Report of the Indian Hemp Drugs Commission, 1894-1895 - Volume V
Year: 1894
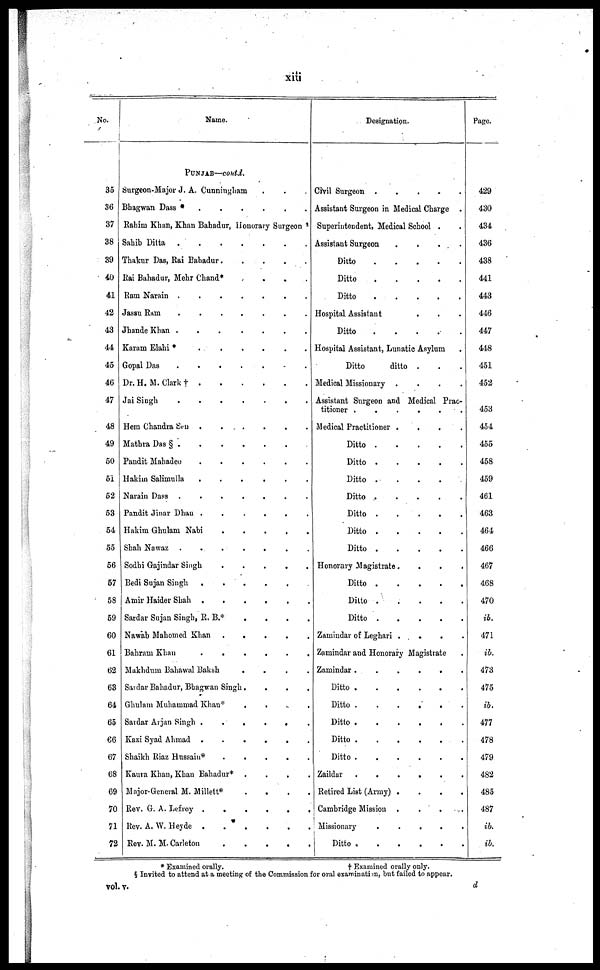
xiii
No.
35
36
37
38
39
40
41
42
43
44
45
46
47
48
49
50
51
52
53
54
55
56
57
58
59
60
61
62
63
64
65
66
67
68
69
70
71
72
Name.
PUNJAB—contd.
Surgeon-Major J. A. Cunningham . . .
Bhagwan Dass
*.
.
.
.
.
.
.
Rahim Khan, Khan Bahadur, Honorary Surgeon
Sahib Ditta
.
.
.
.
.
.
.
Thakur Das, Rai Bahadur
.
.
.
.
.
Rai Bahadur, Mehr Chand* . . . .
Ram Narain .
.
.
.
Jassu Ram
.
.
.
.
Jhande Khan .
.
.
.
.
.
.
Karam Elahi *
.
.
.
.
.
.
.
Gopal Das
.
.
.
.
Dr. H. M. Clark
†
.
.
.
.
.
.
.
Jai Singh
.
.
.
.
Hem Chandra Sen .
.
.
.
Mathra Das § .
.
.
. .
Pandit Mahadeo
.
.
.
.
.
.
.
Hakin Salimulla
.
.
.
.
Narain Dass .
.
.
.
Pandit Jinar Dhan .
.
.
.
Hakim Ghulam Nabi
.
.
.
.
. .
Shah Nawaz
.
.
.
.
Sodhi Gajindar Singh
.
.
.
.
.
Bedi Sujan Singh
.
.
.
.
Amir Haider Shah .
.
.
.
Sardar Sujan Singh, R. B.*
.
.
.
.
Nawab Mahomed Khan . . . . . . . .
Bahrain Khan
.
.
.
.
Makhdum Bahawal Baksh
.
.
.
.
Sardar Bahadur, Bhagwan Singh.
.
.
.
Ghulam Muhammad Khan* .
.
.
.
.
Sardar Arjan Singh .
.
.
.
Kazi Syad Ahmad .
.
.
.
Shaikh Riaz Hussain*
.
.
.
.
.
Kaura Khan, Khan Bahadur* .
.
.
.
Major-General M. Millett*
.
.
.
.
Rev. G. A. Lefroy
.
.
.
.
.
.
.
Rev. A. W. Heyde
.
.
.
.
.
.
.
Rev. M. M. Carleton
.
.
.
.
.
.
.
Designation.
Civil Surgeon
.
.
.
.
.
.
Assistant Surgeon in Medical Charge .
Superintendent, Medical School . .
Assistant Surgeon
.
.
.
Ditto . . . . . . . .
Ditto . . . . . . . .
Ditto
.
.
.
.
.
Hospital. Assistant . . .
Ditto . . . . . . . .
Hospital Assistant, Lunatic Asylum
Ditto
ditto . . .
Medical Missionary .
.
.
Assistant Surgeon and Medical Prac-
titioner .
.
.
Medical Practitioner .
.
.
.
Ditto . . . . . . . .
Ditto . . . . . . . .
Ditto .
.
.
.
Ditto . . . . . . . .
Ditto .
.
. . .
Ditto . . . . . . . .
Ditto . . . . . . . .
Honorary Magistrate . . . .
Ditto . . . . . . . .
Ditto
.
.
.
.
.
Ditto . . . . . . . .
Zamindar of Leghari .
.
.
Zamindar and Honorary Magistrate
Zamindar .
.
.
Ditto . . . . . . . .
Ditto . . . . . . . .
Ditto . . . . . . . .
Ditto . . . . . . . .
Ditto . . . . . . . .
Zaildar
.
.
.
Retired List (Army) .
.
.
Cambridge Mission .
.
.
Missionary
.
.
.
.
Ditto
.
.
.
.
.
.
.
Page.
429
430
434
436
438
441
443
446
447
448
451
452
453
454
455
458
459
461
463
464
466
467
468
470
ib.
471
ib.
473
475
ib.
477
478
479
482
485
487
ib.
ib.
* Examined orally.
†
Examined orally only.
§ Invited to attend at a meeting of the Commission for oral examination, but failed to appear.
vol. v.
d